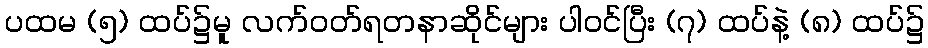
ပထမ (၅) ထပ်၌မူ လက်ဝတ်ရတနာဆိုင်များ ပါဝင်ပြီး (၇) ထပ်နဲ့ (၈) ထပ်၌